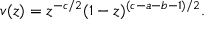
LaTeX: v ( z ) = z ^ { - c / 2 } ( 1 - z ) ^ { ( c - a - b - 1 ) / 2 } .